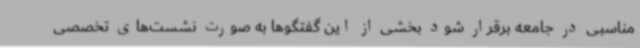
مناسبی در جامعه برقرار شود بخشی از این گفتگوها به صورت نشست‌های تخصصی